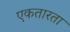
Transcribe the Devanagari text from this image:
एकतारता